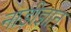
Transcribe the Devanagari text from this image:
नाड़ीज्ञान